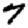
Digit: 7